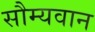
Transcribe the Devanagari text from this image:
सौम्यवान